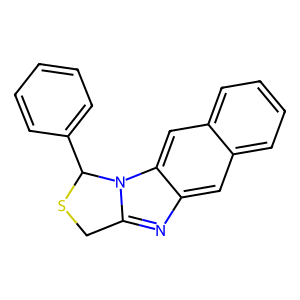
SMILES: c1ccc(C2SCc3nc4cc5ccccc5cc4n32)cc1
Inhibits HIV replication: No